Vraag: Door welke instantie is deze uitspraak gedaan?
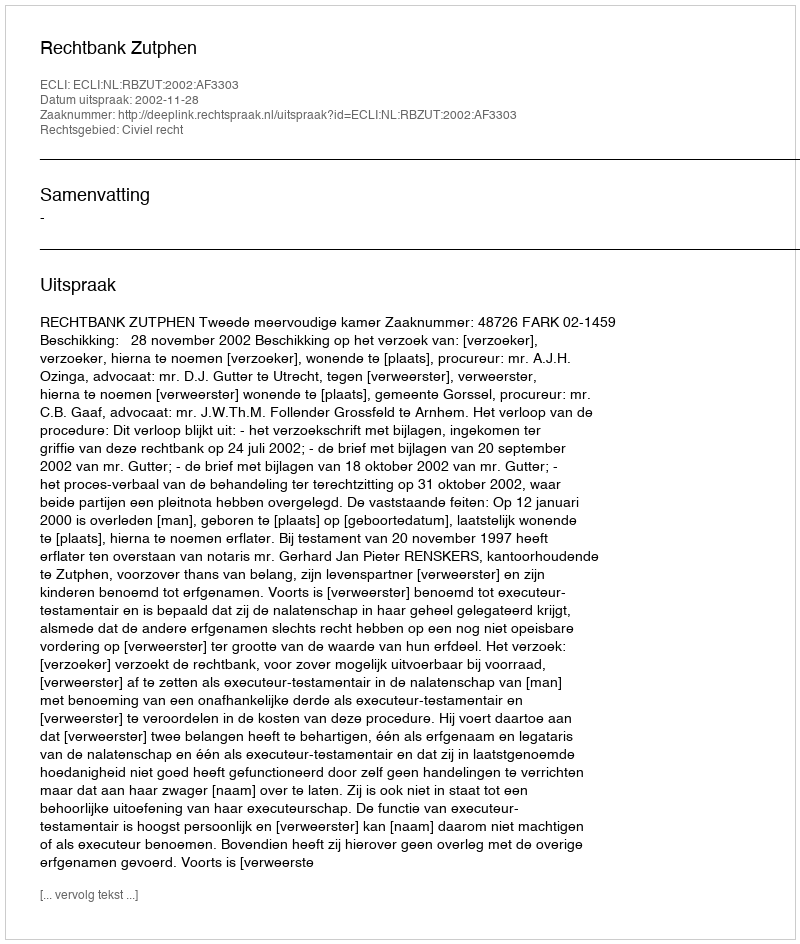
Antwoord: Rechtbank Zutphen